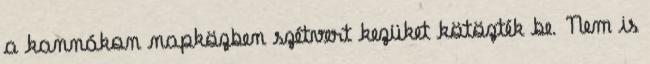
a kannákon napközben szétvert kezüket kötözték be. Nem is